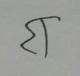
Signature authenticity: forged